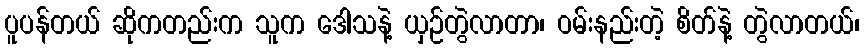
ပူပန်တယ် ဆိုကတည်းက သူက ဒေါသနဲ့ ယှဉ်တွဲလာတာ၊ ဝမ်းနည်းတဲ့ စိတ်နဲ့ တွဲလာတယ်၊